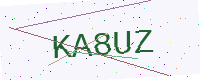
Text: KA8UZ